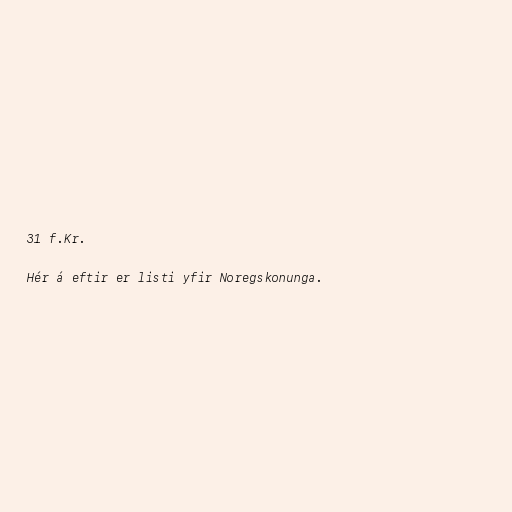
31 f.Kr.

Hér á eftir er listi yfir Noregskonunga.